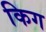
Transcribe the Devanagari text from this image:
किग